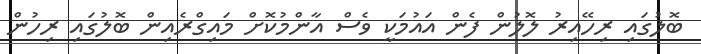
ބޮލުގައި ރިހޭއިރު ލޮލުން ފެން އައުމަކީ ވެސް އާންމުކޮށް މައިގްރެއިން ބޮލުގައި ރިހުން